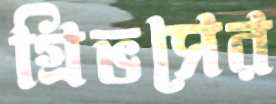
গ্রিভসের